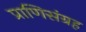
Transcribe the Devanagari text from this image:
प्राणिसंग्रह